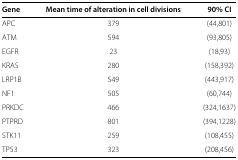
| Gene | Mean time of alteration in cell divisions | 90% CI |
 | --- | --- | --- |
 | APC | 379 | (44,801) |
 | ATM | 594 | (93,805) |
 | EGFR | 23 | (18,93) |
 | KRAS | 280 | (158,392) |
 | LRP1B | 549 | (443,917) |
 | NF1 | 505 | (60,744) |
 | PRKDC | 466 | (324,1637) |
 | PTPRD | 801 | (394,1228) |
 | STK11 | 259 | (108,455) |
 | TP53 | 323 | (208,456) |